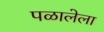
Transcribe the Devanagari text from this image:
पळालेला